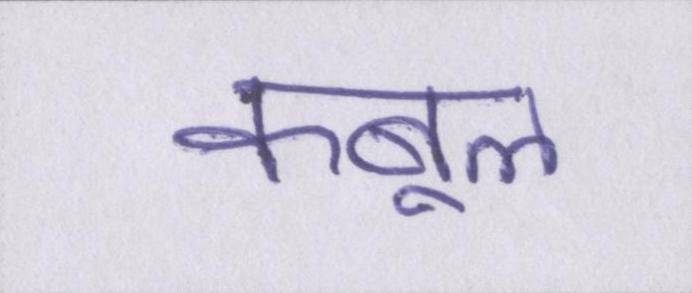
कबूल